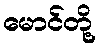
မောင်တို့